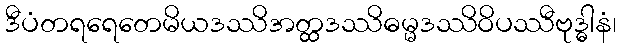
ဒီပံတရရေတေမိယဒဿိအတ္ထဒဿိဓမ္မဒဿိဝိပဿီဗုဒ္ဓါနံ၊